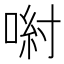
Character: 𠷵